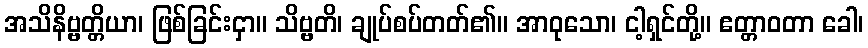
အသိနိဗ္ဗတ္တိယာ၊ ဖြစ်ခြင်းငှာ။ သိဗ္ဗတိ၊ ချုပ်စပ်တတ်၏။ အာဝုသော၊ ငါ့ရှင်တို့။ ဧတ္တာဝတာ ခေါ၊